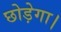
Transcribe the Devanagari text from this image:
छोड़ेगा।